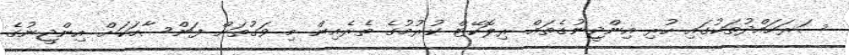
ސަރަހައްދުތަކުގައި ހުރި އިންޖީނުގެތައް ރިލޮކޭޓް ކުރުމުގެ ތެރެއިން މި ވަގުތަށް ފަންސާހަކަށް އިންޖީނުގެ